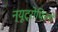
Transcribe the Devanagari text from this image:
न्यूट्रोफिलों